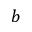
b